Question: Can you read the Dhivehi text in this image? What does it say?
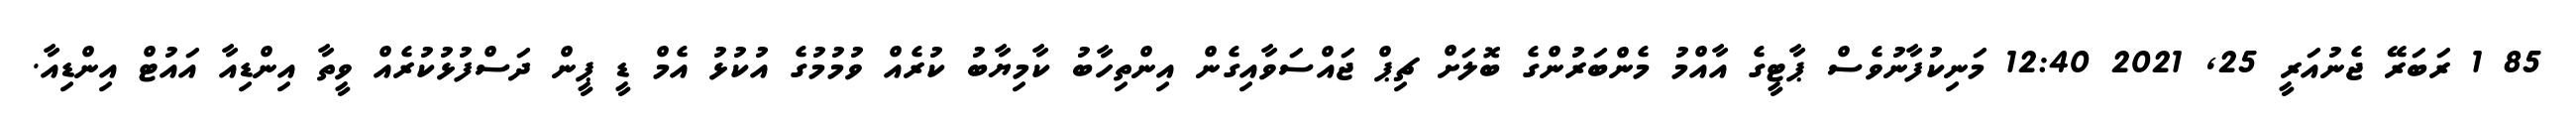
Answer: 85 1 ރަބަރޭ ޖެނުއަރީ 25, 2021 12:40 މަނިކުފާނުވެސް ޕާޓީގެ އާއްމު މެންބަރުންގެ ބޮލަށް ޗިޕް ޖައްސަވާއިގެން އިންތިހާބު ކާމިޔާބު ކުރެއް ވުމުމުގެ އުކުޅު އެމް ޑީ ޕީން ދަސްފުޅުކުރެއް ވީތާ އިންޑިއާ އައުޓް އިންޑިއާ.